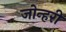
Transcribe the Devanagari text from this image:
जोन्हरी